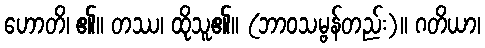
ဟောတိ၊ ၏။ တဿ၊ ထိုသူ၏။ (ဘာဝသမ္ဗန်တည်း)။ ဂတိယာ၊